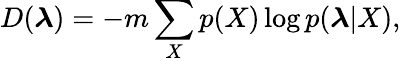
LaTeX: D(\boldsymbol{\lambda})=-m\sum_{X}p(X)\log p(\boldsymbol{\lambda}|X),